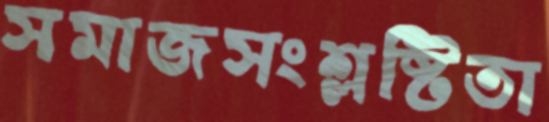
সমাজসংশ্লষ্টিতা